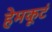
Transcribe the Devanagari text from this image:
हेमकूटं